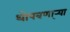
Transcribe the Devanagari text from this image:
थोपवणा्र्‍या